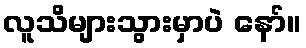
လူသိများသွားမှာပဲ နော်။